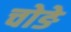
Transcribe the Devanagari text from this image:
चोङे